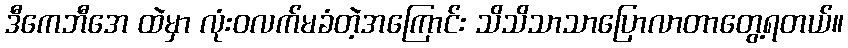
ဒီကေဘီအေ ထဲမှာ လုံးဝလက်မခံတဲ့အကြောင်း သိသိသာသာပြောလာတာတွေ့ရတယ်။